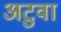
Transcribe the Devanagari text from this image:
अटुवा